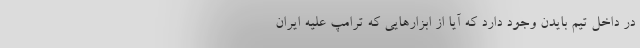
در داخل تیم بایدن وجود دارد که آیا از ابزارهایی که ترامپ علیه ایران